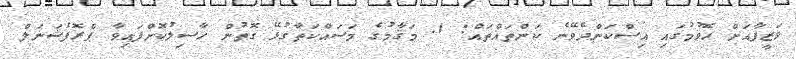
ވަޒީފާއަށް ހޮވުމުގައި އިސްކަންދެވޭނެ ކަންތައްތައް: 1. މަޤާމުގެ މަސައްކަތާގުޅޭ ގޮތުން ހާސިލުކޮށްފައިވާ ޕްރޮފެޝަނަލް